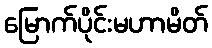
မြောက်ပိုင်းမဟာမိတ်